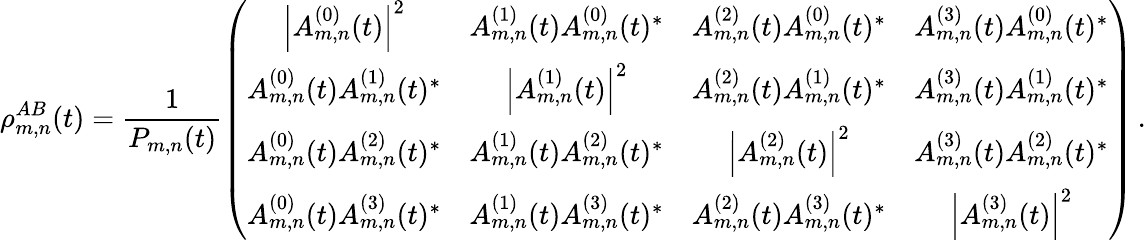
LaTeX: \rho_{m,n}^{AB}(t)=\frac{1}{P_{m,n}(t)}\left(\begin{array}{cccc}{\left|A_{m,n}^{(0)}(t)\right|^{2}}&{A_{m,n}^{(1)}(t)A_{m,n}^{(0)}(t)^{*}}&{A_{m,n}^{(2)}(t)A_{m,n}^{(0)}(t)^{*}}&{A_{m,n}^{(3)}(t)A_{m,n}^{(0)}(t)^{*}}\\ {A_{m,n}^{(0)}(t)A_{m,n}^{(1)}(t)^{*}}&{\left|A_{m,n}^{(1)}(t)\right|^{2}}&{A_{m,n}^{(2)}(t)A_{m,n}^{(1)}(t)^{*}}&{A_{m,n}^{(3)}(t)A_{m,n}^{(1)}(t)^{*}}\\ {A_{m,n}^{(0)}(t)A_{m,n}^{(2)}(t)^{*}}&{A_{m,n}^{(1)}(t)A_{m,n}^{(2)}(t)^{*}}&{\left|A_{m,n}^{(2)}(t)\right|^{2}}&{A_{m,n}^{(3)}(t)A_{m,n}^{(2)}(t)^{*}}\\ {A_{m,n}^{(0)}(t)A_{m,n}^{(3)}(t)^{*}}&{A_{m,n}^{(1)}(t)A_{m,n}^{(3)}(t)^{*}}&{A_{m,n}^{(2)}(t)A_{m,n}^{(3)}(t)^{*}}&{\left|A_{m,n}^{(3)}(t)\right|^{2}}\end{array}\right)\, .